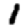
Digit: 1